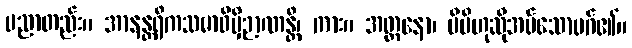
ပညာတည်း။ အာနန္တရိကသမာဓိမှိဉာဏန္တိ၊ ကား။ အတ္တနော၊ မိမိဟုဆိုအပ်သောမဂ်၏။